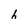
Character: h